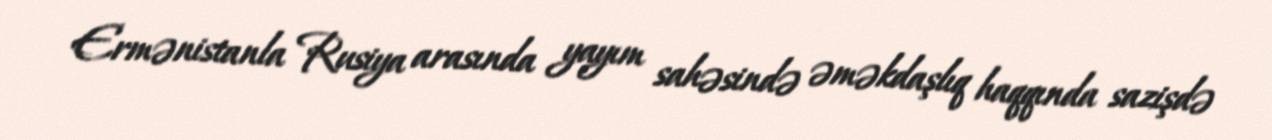
Ermənistanla Rusiya arasında yayım sahəsində əməkdaşlıq haqqında sazişdə